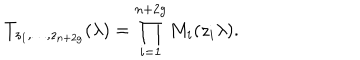
T _ { z _ { 1 } , \dots , z _ { n + 2 g } } ( \lambda ) = \prod _ { i = 1 } ^ { n + 2 g } { M _ { i } ( z _ { i } \lambda ) } .